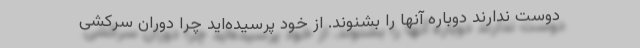
دوست ندارند دوباره آنها را بشنوند. از خود پرسیده‌اید چرا دوران سرکشی